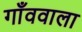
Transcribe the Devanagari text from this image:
गाँववाला